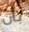
بأن